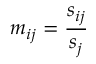
m _ { i j } = \frac { s _ { i j } } { s _ { j } }